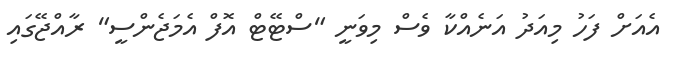
އެއަށް ފަހު މިއަދު އަނެއްކާ ވެސް މިވަނީ "ސްޓޭޓް އޮފް އެމަޖެންސީ" ރާއްޖޭގައި